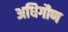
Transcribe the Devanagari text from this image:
अधिगौण